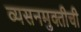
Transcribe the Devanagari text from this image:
व्यसनमुक्तीची